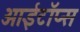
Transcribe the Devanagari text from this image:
आईटॉप्स